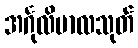
အင်္ဂုလိမာလသုတ်